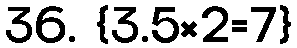
36. {3.5×2=7}